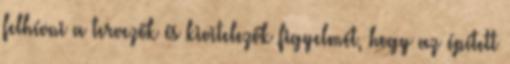
felhívni a tervezők és kivitelezők figyelmét, hogy az épített